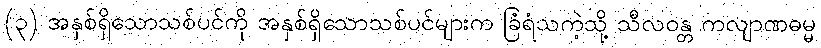
(၃) အနှစ်ရှိသောသစ်ပင်ကို အနှစ်ရှိသောသစ်ပင်များက ခြံရံသကဲ့သို့ သီလဝန္တ ကလျာဏဓမ္မ